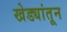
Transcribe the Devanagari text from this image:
खेड्यांतून